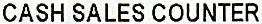
CASH SALES COUNTER